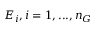
E _ { i } , i = 1 , . . . , n _ { G }